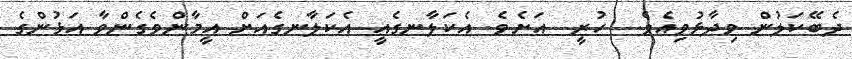
ދެބޭކަލުން ވިދާޅުވިއެވެ.  ހުރީ  އަށެވެ. އެކަލާނގެއީ އެކަލާނގެއަށް އީމާންވެގެންވާ އަޅުންގެ